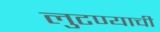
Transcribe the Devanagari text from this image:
लुटण्याची